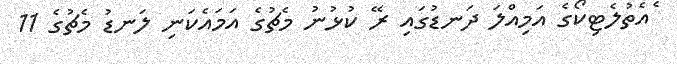
ެއެތުލެޓިކޯގެ އަމިއްލަ ދަނޑުގައި ރޭ ކުޅުނު މެޗުގެ އަމައެކަނި ލަނޑު މެޗުގެ 11